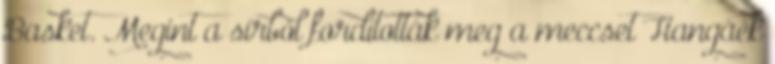
Basket. Megint a sírból fordították meg a meccset Hangáék